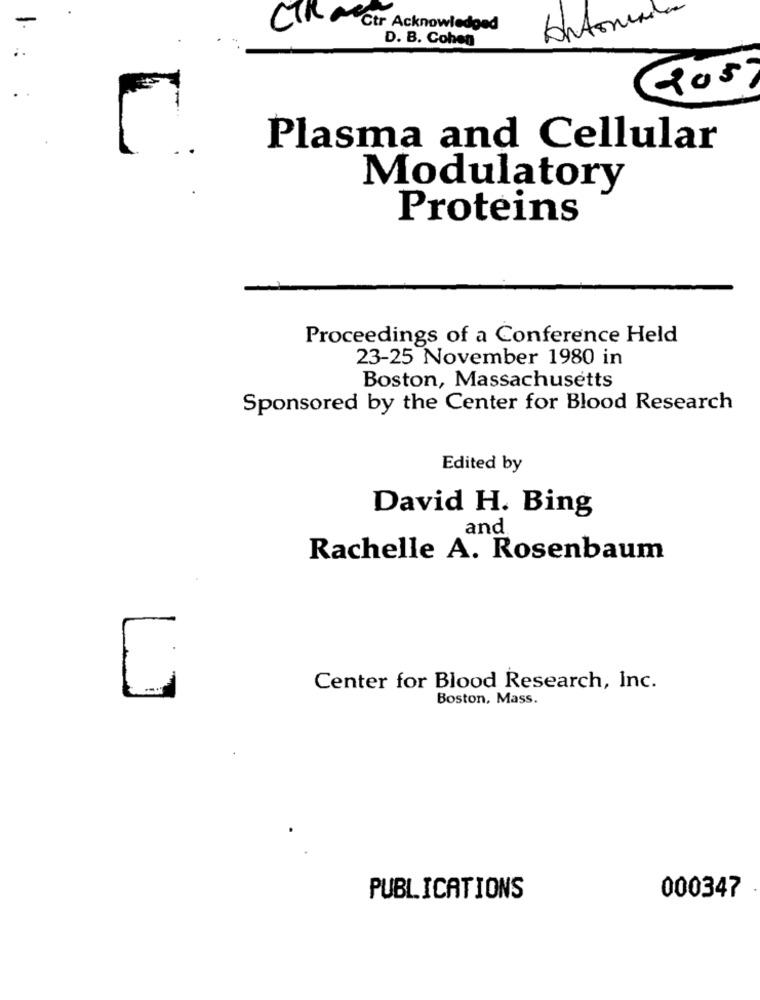
CTR Ctr Acknowledged
Anton
D. B. Cohen
Plasma and Cellular
Modulatory
Proteins
Proceedings of a Conference Held
23-25 November 1980 in
Boston, Massachusetts
Sponsored by the Center for Blood Research
Edited by
David H. Bing
and
Rachelle A. Rosenbaum
Center for Blood Research, Inc.
Boston, Mass.
000347
PUBLICATIONS